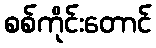
စစ်ကိုင်းတောင်